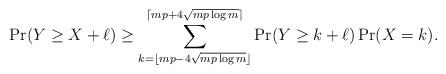
LaTeX: \begin{align*} \Pr(Y \ge X + \ell) \ge \sum_{k=\lfloor mp - 4 \sqrt{mp \log m}\rfloor}^{\lceil mp + 4 \sqrt{mp \log m}\rceil} \Pr(Y \ge k + \ell) \Pr(X = k). \end{align*}